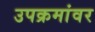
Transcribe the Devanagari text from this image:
उपक्रमांवर